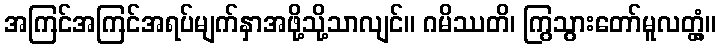
အကြင်အကြင်အရပ်မျက်နှာအဖို့သို့သာလျင်။ ဂမိဿတိ၊ ကြွသွားတော်မူလတ္တံ့။